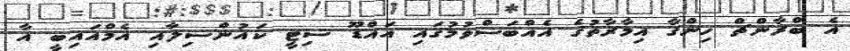
އެ ބްރާންޗް ހިންގާ އިމާރާތުގެ އެއްބަސްވުމުގައި އައްޑޫ ސިޓީ ކައުންސިލާއި އެމްއައިބީ އާ